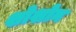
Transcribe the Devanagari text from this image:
शोशोन